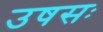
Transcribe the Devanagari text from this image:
उषसः